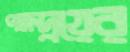
পক্ষদ্বয়ের